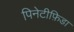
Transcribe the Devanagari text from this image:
पिनेटीफ़िडा